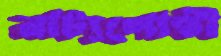
নাট্যগোষ্ঠী